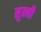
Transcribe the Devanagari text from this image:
मुन्‍नी